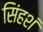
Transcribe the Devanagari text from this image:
सिंहशं